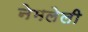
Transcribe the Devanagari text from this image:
नेमलेली